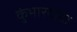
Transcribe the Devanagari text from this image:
कुंभारदादा